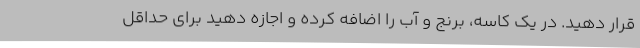
قرار دهید. در یک کاسه، برنج و آب را اضافه کرده و اجازه دهید برای حداقل